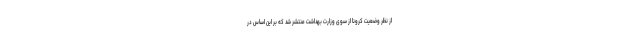
از نظر وضعیت کرونا از سوی وزارت بهداشت منتشر شد که بر این اساس در